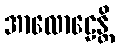
အာလောဠေန္တိ